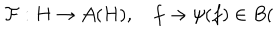
LaTeX: \mathcal { F } : H \rightarrow \mathcal { A } ( H ) , \quad f \rightarrow \psi ( f ) \in B (